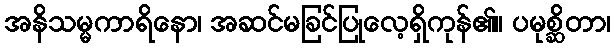
အနိသမ္မကာရိနော၊ အဆင်မခြင်ပြုလေ့ရှိကုန်၏။ ပမုစ္ဆိတာ၊